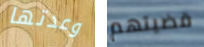
وعدتها قضيتهم